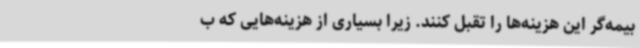
بیمه‌گر این هزینه‌ها را تقبل کنند. زیرا بسیاری از هزینه‌هایی که ب